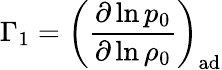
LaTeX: \Gamma_{1}=\left(\frac{\partial\ln p_{0}}{\partial\ln\rho_{0}}\right)_{\mathrm{ad}}